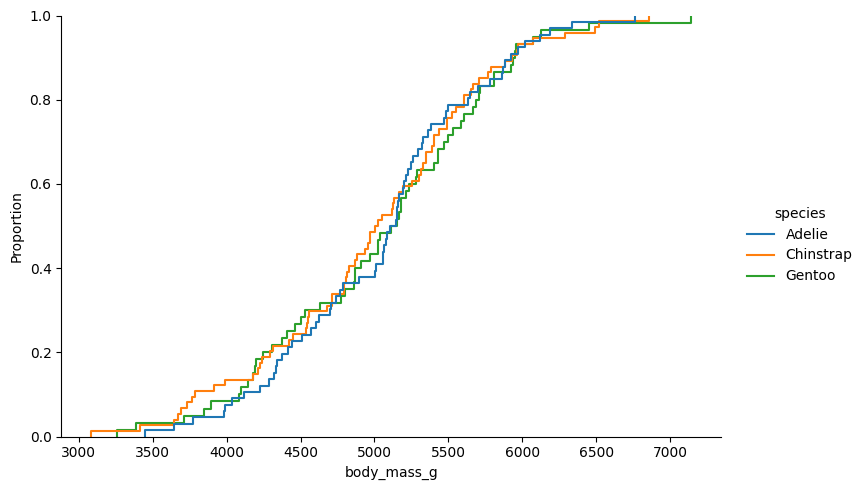
python, seaborn, displot, kind='ecdf', column='body_mass_g', hue='species', height=5, aspect=1.5